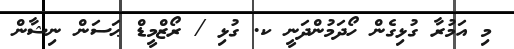
މި އަމުރާ ގުޅިގެން ހޯދަމުންދަނީ ކ. ގުޅި / ރޯޒްމީޑް ޙަސަން ނިޝާން